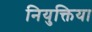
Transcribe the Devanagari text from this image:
नियुक्तिया